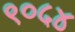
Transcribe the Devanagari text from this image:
९०५४